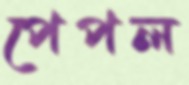
পেপল